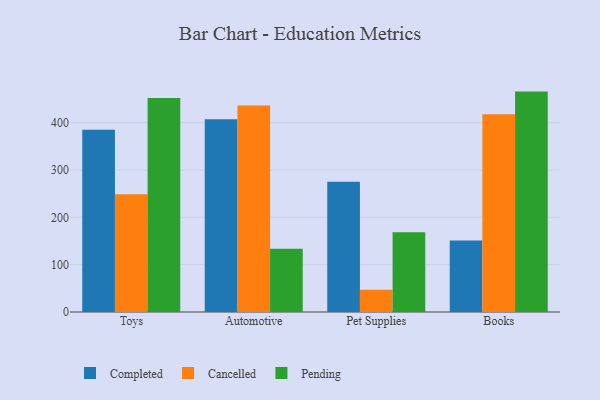
{"axis": {"x": "Category", "y": "Gross Profit (USD K)"}, "legend": ["Cancelled", "Completed", "Pending"], "data": [{"x": "Toys", "y": 384.9, "type": "Completed"}, {"x": "Toys", "y": 248.9, "type": "Cancelled"}, {"x": "Toys", "y": 452.2, "type": "Pending"}, {"x": "Automotive", "y": 407.2, "type": "Completed"}, {"x": "Automotive", "y": 436.5, "type": "Cancelled"}, {"x": "Automotive", "y": 133.4, "type": "Pending"}, {"x": "Pet Supplies", "y": 275.1, "type": "Completed"}, {"x": "Pet Supplies", "y": 46.9, "type": "Cancelled"}, {"x": "Pet Supplies", "y": 168.5, "type": "Pending"}, {"x": "Books", "y": 151.1, "type": "Completed"}, {"x": "Books", "y": 417.6, "type": "Cancelled"}, {"x": "Books", "y": 465.6, "type": "Pending"}]}